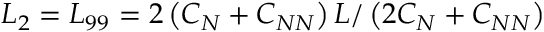
L _ { 2 } = L _ { 9 9 } = 2 \left( C _ { N } + C _ { N N } \right) L / \left( 2 C _ { N } + C _ { N N } \right)